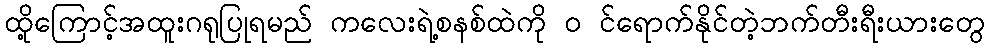
ထို့ကြောင့်အထူးဂရုပြုရမည် ကလေးရဲ့စနစ်ထဲကို ၀ င်ရောက်နိုင်တဲ့ဘက်တီးရီးယားတွေ